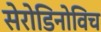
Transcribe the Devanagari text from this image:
सेरोडिनोविच